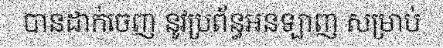
បានដាក់ចេញ នូវប្រព័ន្ធអនឡាញ សម្រាប់